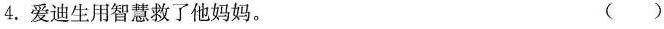
4.爱迪生用智慧救了他妈妈。 ()